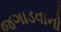
જગાડવાનો